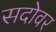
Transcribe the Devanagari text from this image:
सदोवर